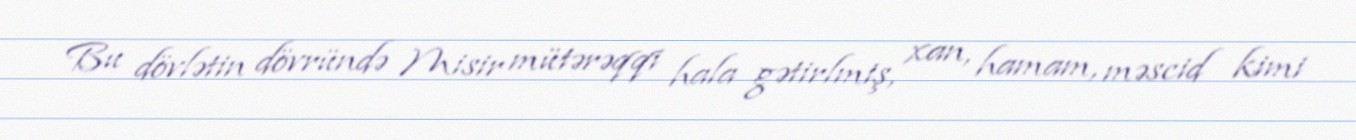
Bu dövlətin dövründə Misir mütərəqqi hala gətirlmiş, xan, hamam, məscid kimi